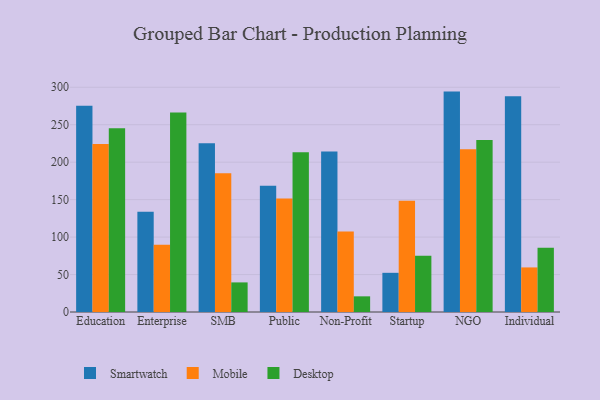
{"axis": {"x": "Segment", "y": "Shipments"}, "legend": ["Desktop", "Mobile", "Smartwatch"], "data": [{"x": "Education", "y": 275.2, "type": "Smartwatch"}, {"x": "Education", "y": 224.4, "type": "Mobile"}, {"x": "Education", "y": 245.3, "type": "Desktop"}, {"x": "Enterprise", "y": 133.7, "type": "Smartwatch"}, {"x": "Enterprise", "y": 89.9, "type": "Mobile"}, {"x": "Enterprise", "y": 266.3, "type": "Desktop"}, {"x": "SMB", "y": 225.2, "type": "Smartwatch"}, {"x": "SMB", "y": 185.3, "type": "Mobile"}, {"x": "SMB", "y": 39.5, "type": "Desktop"}, {"x": "Public", "y": 168.4, "type": "Smartwatch"}, {"x": "Public", "y": 151.4, "type": "Mobile"}, {"x": "Public", "y": 213.1, "type": "Desktop"}, {"x": "Non-Profit", "y": 214.2, "type": "Smartwatch"}, {"x": "Non-Profit", "y": 107.4, "type": "Mobile"}, {"x": "Non-Profit", "y": 20.9, "type": "Desktop"}, {"x": "Startup", "y": 52.3, "type": "Smartwatch"}, {"x": "Startup", "y": 148.5, "type": "Mobile"}, {"x": "Startup", "y": 75.2, "type": "Desktop"}, {"x": "NGO", "y": 294.2, "type": "Smartwatch"}, {"x": "NGO", "y": 217.4, "type": "Mobile"}, {"x": "NGO", "y": 229.5, "type": "Desktop"}, {"x": "Individual", "y": 287.9, "type": "Smartwatch"}, {"x": "Individual", "y": 59.5, "type": "Mobile"}, {"x": "Individual", "y": 85.8, "type": "Desktop"}]}